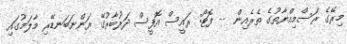
މިރޭގެ ރަސްމިއްޔާތުގެ ތެރެއިން -- ފޮޓޯ: ރައީސް އޮފީސް ދަރުބާރުގޭ ރަންނަބަނޑޭރި މާލަމުގައި